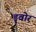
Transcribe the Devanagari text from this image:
ड्वोर